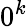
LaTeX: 0^{k}